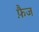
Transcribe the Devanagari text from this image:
फ़ैज